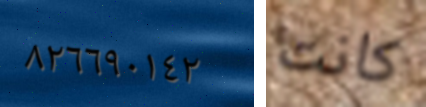
٨٢٦٦٩٠١٤٢ كانت